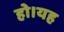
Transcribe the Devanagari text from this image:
हो।यह